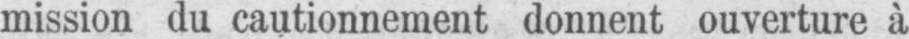
mission du cautionnement donnent ouverture à